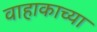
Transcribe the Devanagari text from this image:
वाहाकाच्या